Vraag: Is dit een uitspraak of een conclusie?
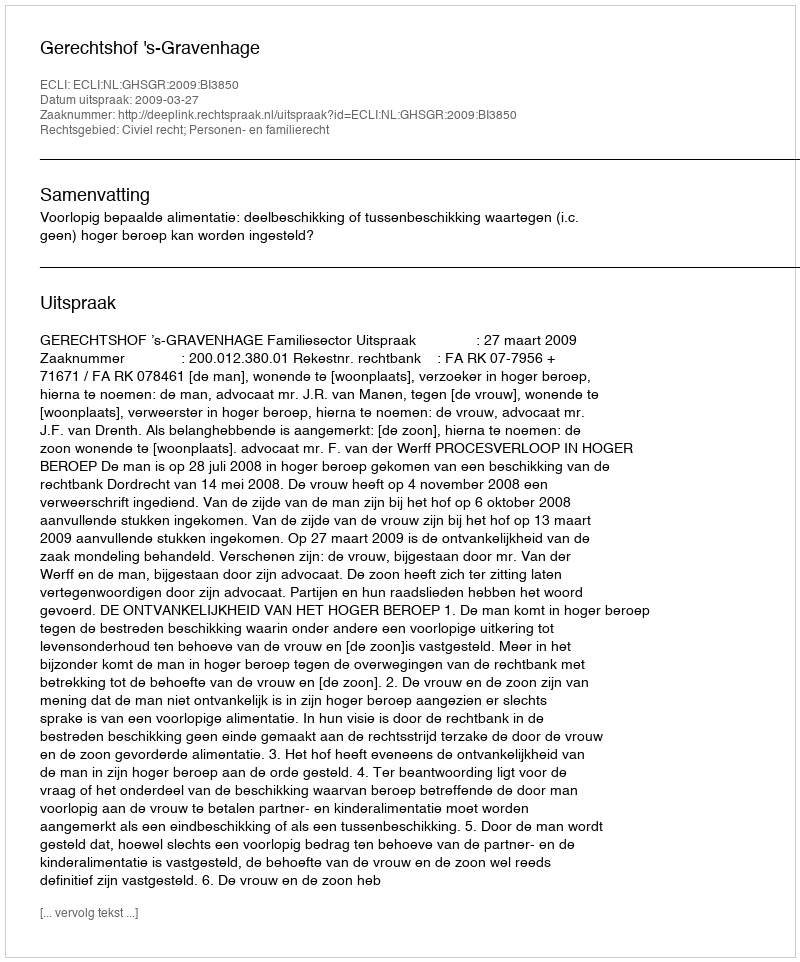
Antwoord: Uitspraak